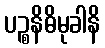
ပဉ္စနိဓိမုခါနိ